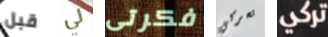
قبل لي فكرتى تحركي تركي